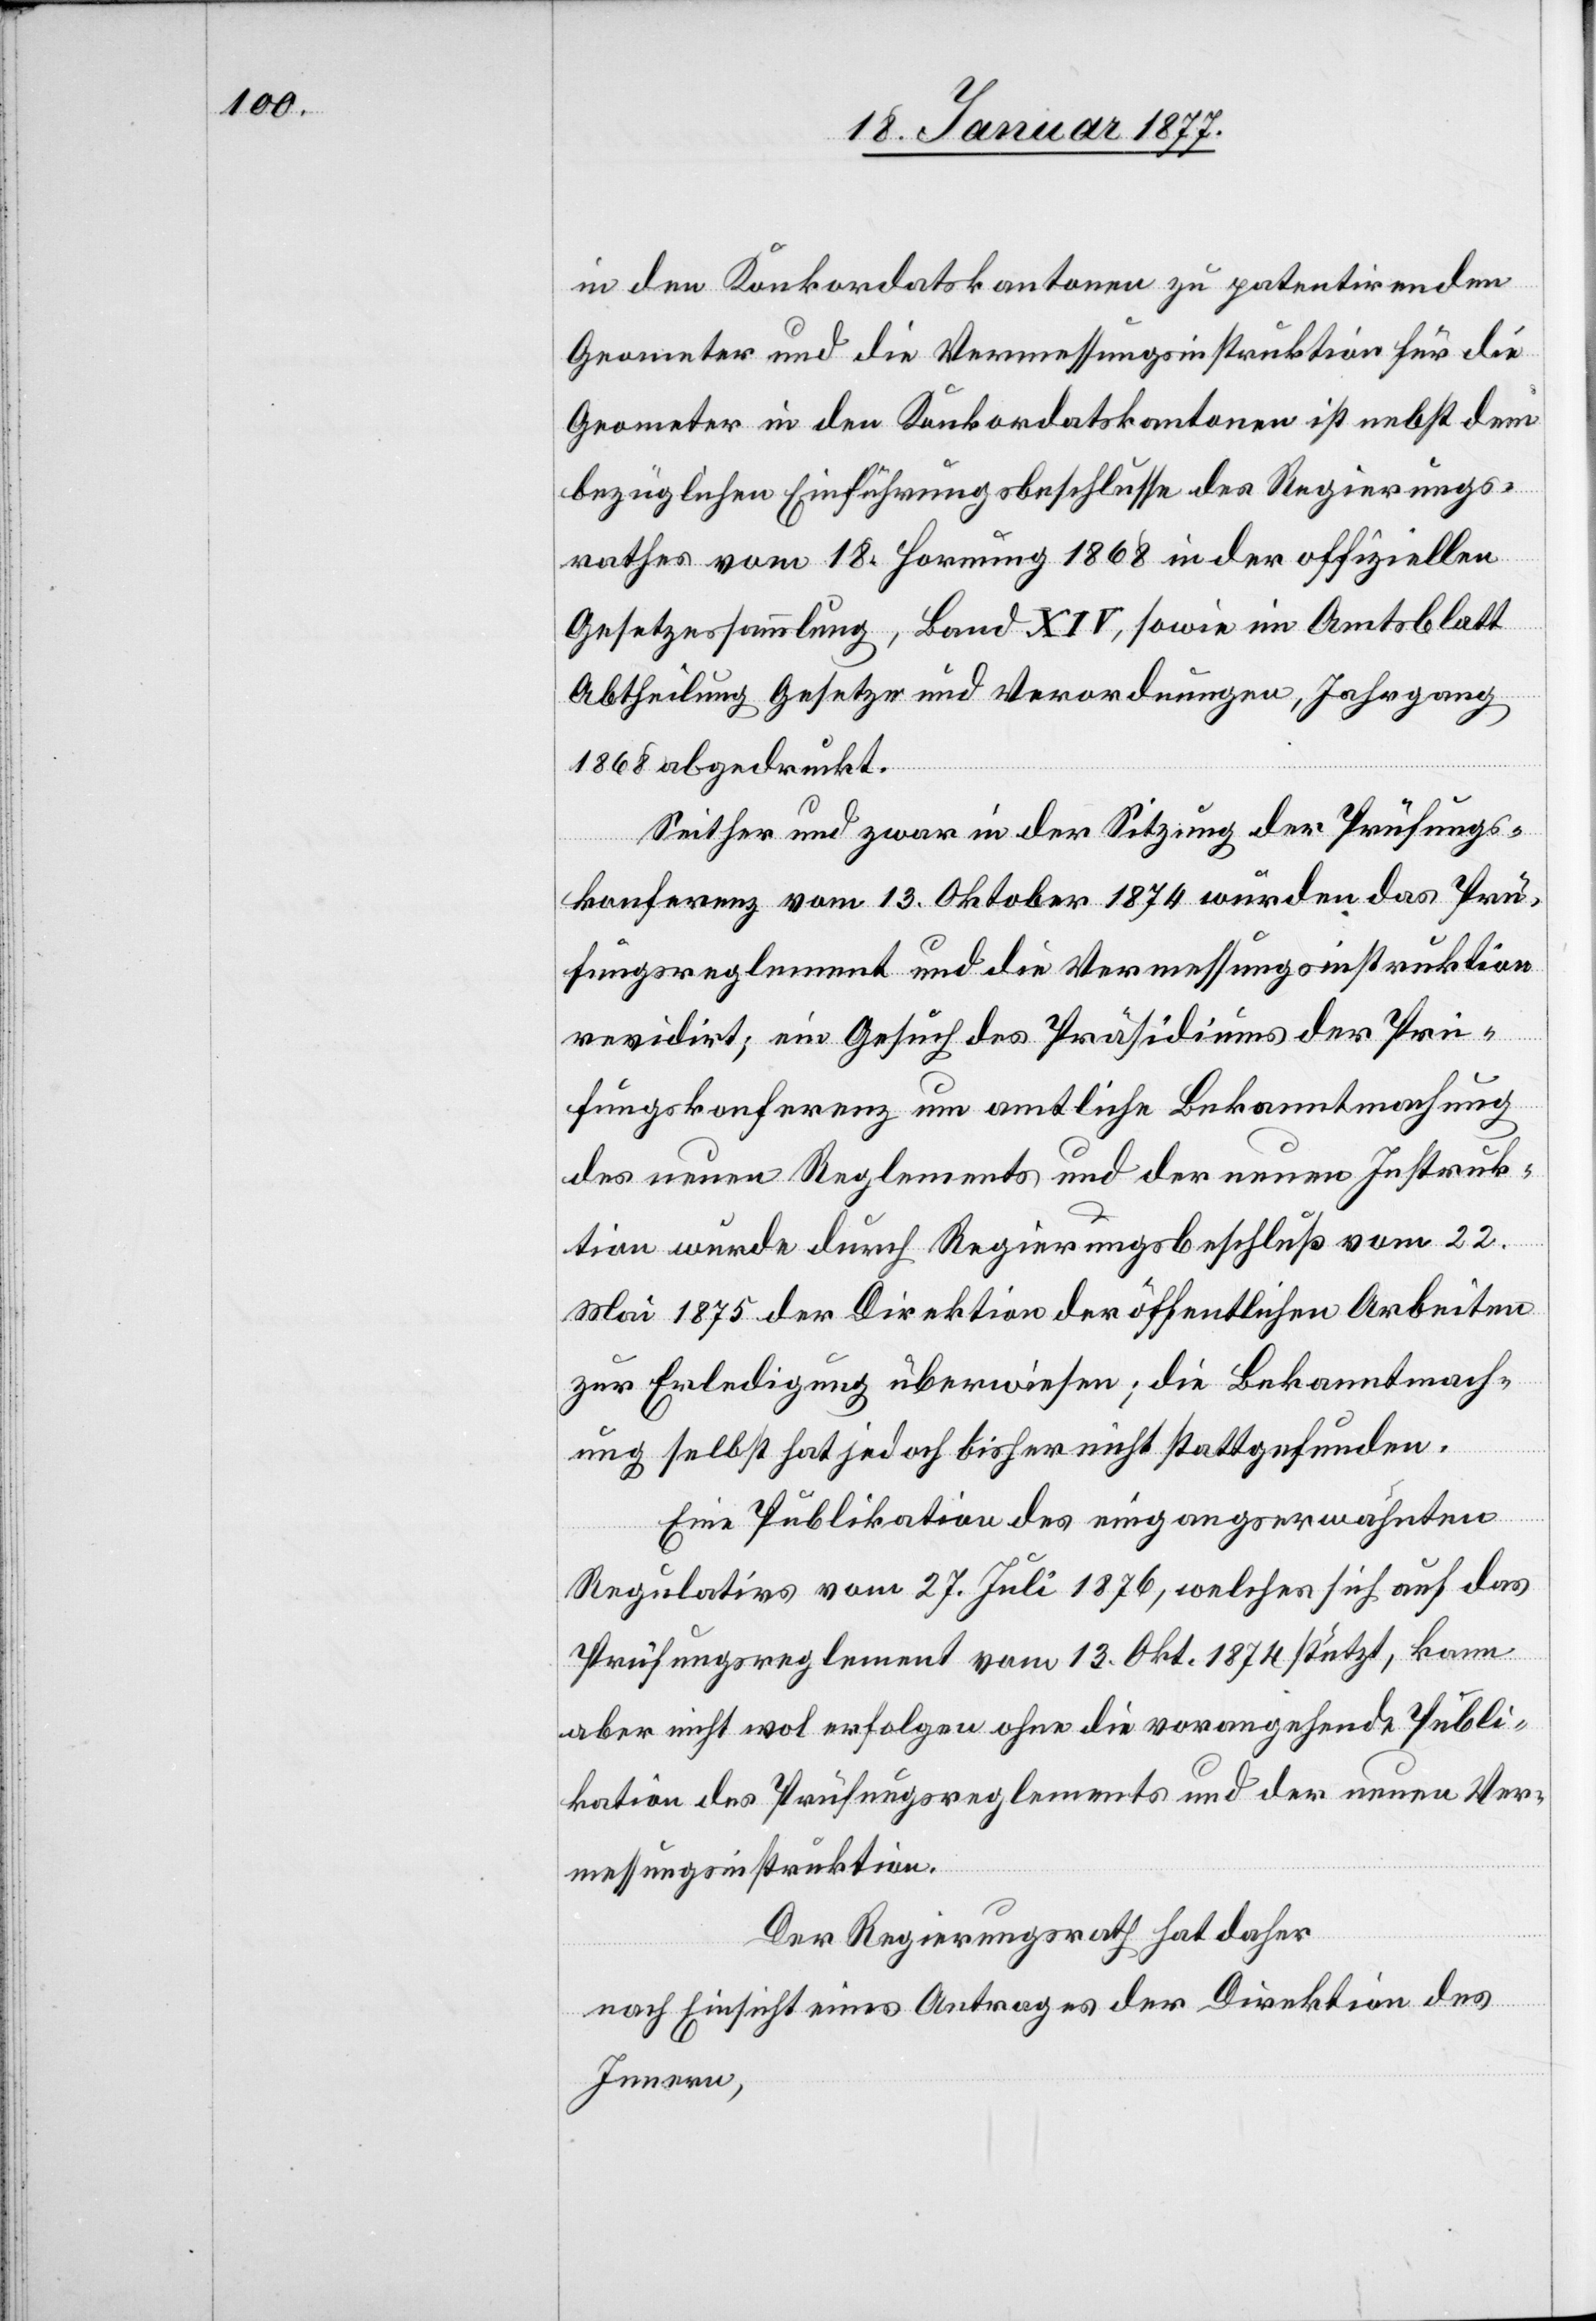
in den Konkordatskantonen zu patentirenden
Geometer und die Vermessungsinstruktion für die
Geometer in den Konkordatskantonen ist nebst dem
bezüglichen Einführungsbeschlusse des Regierungs¬
rathes vom 18. Hornung 1868 in der offiziellen
Gesetzessammlung, Band XIV, sowie im Amtsblatt
Abtheilung Gesetze und Verordnungen, Jahrgang
1868 abgedruckt.
Seither und zwar in der Sitzung der Prüfungs¬
konferenz vom 13. Oktober 1874 wurden das Prü¬
fungsreglement und die Vermessungsinstruktion
revidirt; ein Gesuch des Präsidiums der Prü¬
fungskonferenz um amtliche Bekanntmachung
des neuen Reglements und der neuen Instruk¬
tion wurde durch Regierungsbeschluß vom 22.
Mai 1875 der Direktion der öffentlichen Arbeiten
zur Erledigung überwiesen; die Bekanntmach¬
ung selbst hat jedoch bisher nicht stattgefunden.
Eine Publikation des eingangs erwähnten
Regulatives vom 27. Juli 1876, welches sich auf das
Prüfungsreglement vom 13. Okt. 1874 stützt, kann
aber nicht wol erfolgen ohne die vorangehende Publi¬
kation des Prüfungsreglements und der neuen Ver¬
messungsinstruktion.
Der Regierungsrath hat daher,
nach Einsicht eines Antrages der Direktion des
Innern,